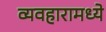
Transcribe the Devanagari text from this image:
व्यवहारामध्ये